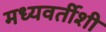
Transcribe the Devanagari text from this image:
मध्यवर्तीशी